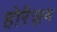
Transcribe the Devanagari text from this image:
होरैज़न